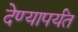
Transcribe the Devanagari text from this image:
देण्यापर्यंत